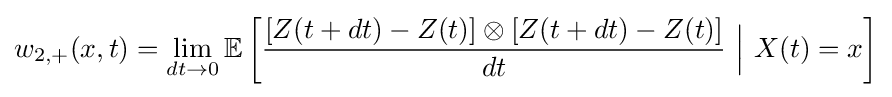
w_{2,+}(x,t)=\lim _{dt\rightarrow 0}\mathbb {E} \left[{\frac {[Z(t+dt)-Z(t)]\otimes [Z(t+dt)-Z(t)]}{dt}}\ {\Big |}\ X(t)=x\right]